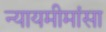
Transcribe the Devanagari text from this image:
न्यायमीमांसा